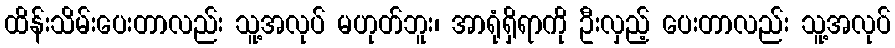
ထိန်းသိမ်းပေးတာလည်း သူ့အလုပ် မဟုတ်ဘူး၊ အာရုံရှိရာကို ဦးလှည့် ပေးတာလည်း သူ့အလုပ်